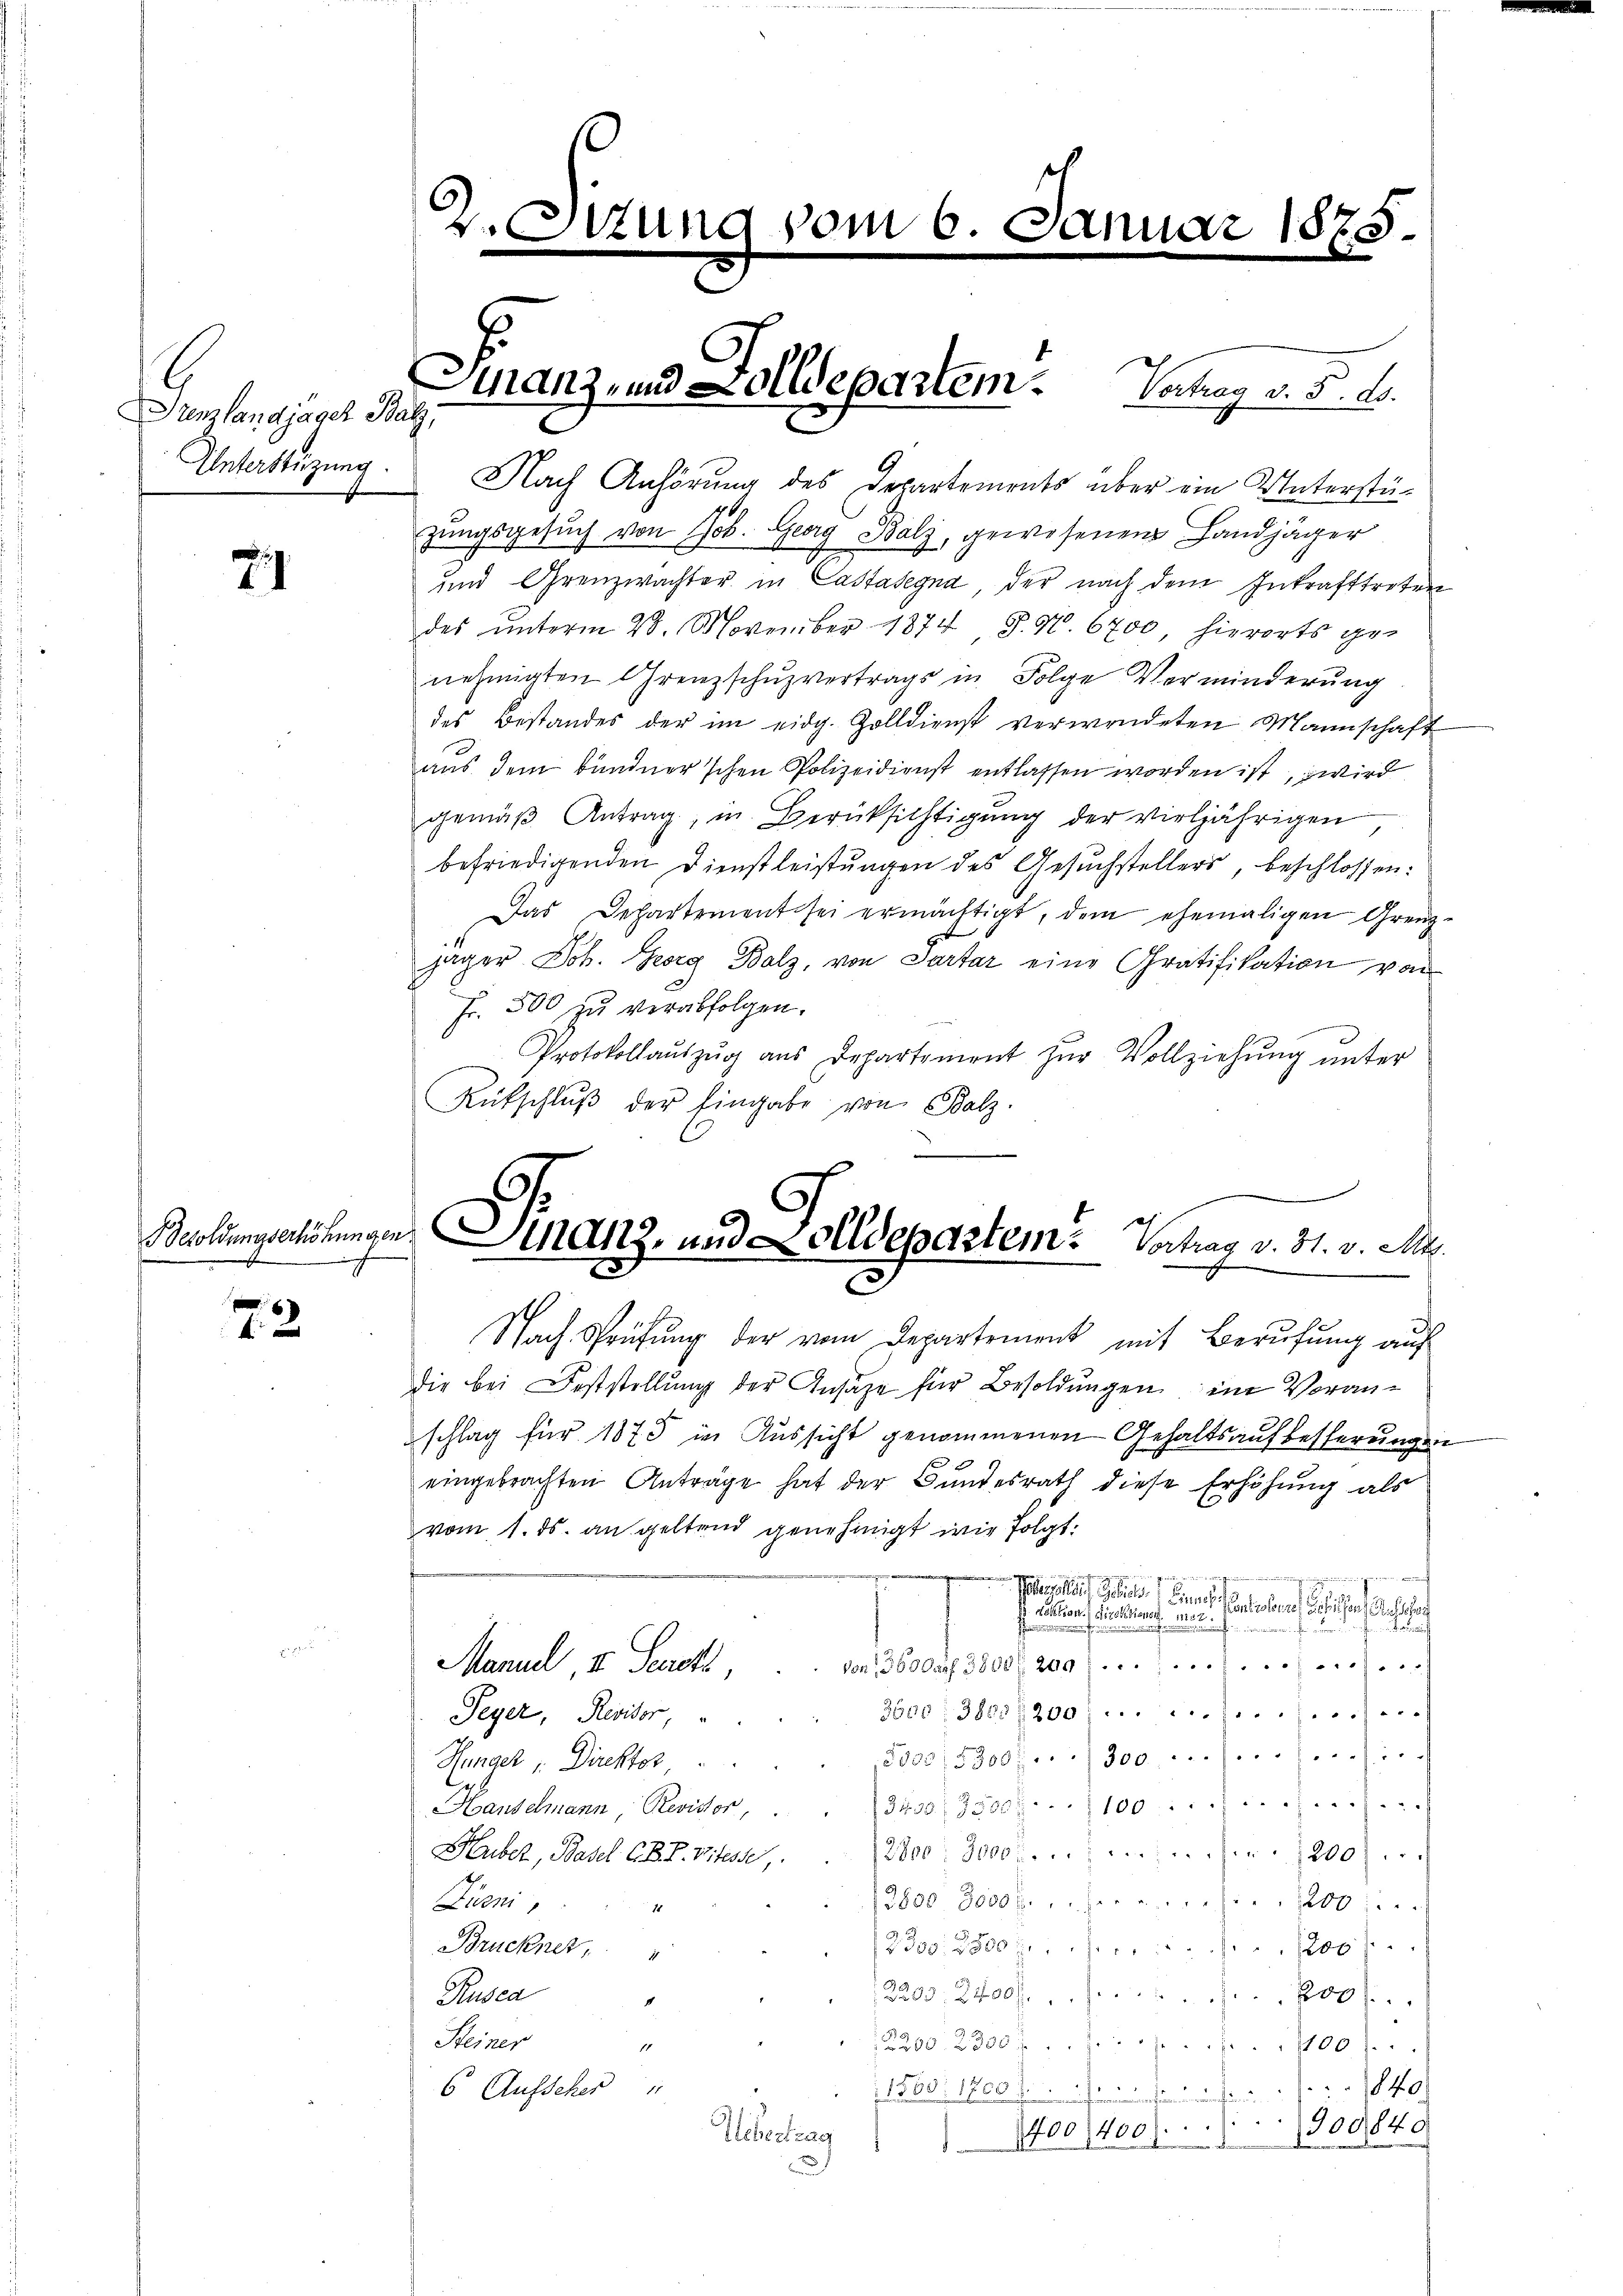
E
Stenzlandjäger Balz,
Unterstüzung.

7

2

ch
2. Situng vom 6. Januar 1875.

Manz, und Zolldepartem Vertrag v. 5. ds.

Nach Anhörung des Departements über ein Unterstüzungsgesŭch von Joh. Georg Balz, gewesenen Landjäger
und Grenzwachter in Castasegna, der nach dem Inkrafttreten
des ŭnterm 28. November 1874, S. N. 6700, hierorts ge-
nehmigten Grenzschŭzvertrags in Folge Verminderung
des Bestandes der im eidg. Zolldienst verwendeten Mannschaft
aus dem bundner'schen Polizeidienst entlassen worden ist, wird
gemäβ Antrag, in Berücksichtigŭng der vieljährigen
befriedigenden Dienstleistŭngen des Gesŭchstellers, beschlossen:
Das Departement sei ermächtigt, dem ehemaligen Grenz-
jäger Joh. Georg Balz, von Partar eine Gratifikation von
Fr. 500 zu verabfolgen.
Protokollaŭszŭg aŭs Departement zŭr Vollziehŭng ŭnter
Rutschlŭβ der Eingabe von Balz.
Nach Sprüfung der vom Departement mit Berufung auf
die bei Feststellung der Ansähe für Besoldungen im Voranschlag für 1873 in Aussicht genommenen Gehaltsaufbesserungen
eingebrachten Anträge hat der Bundesrath diese Erhöhung als
vom 1. ds. an geltend genehmigt wie folgt:
gehen und in die
 einen ein liegen . . . .
uf
von 36000 f 3800 f 200 f.
Manuel, I. Senats,
3öco: 3800/200...........
Peyer, Revisor,
290815300 f. 300............
Hunacz " Direktor
Handelmann, Revisor,       3430. 3300. 100
Huber, Basel CB F. Vitesse, 2800. 3000. 200.
3800. 3000 fr. . . .
200
Zürni,

Brückner,
1200 f
2300. 2500 f 1
2
2203. 2400 f
800.
Rusca
Steiner
2200. 2300
1
100).
6. Aufscher
1500. 1700 r. 1840
.
1400), 400. 900840
Uebertrag

Besoldungserhöhungen Stanz, und Zolldepartem Vortrag v. 31. v. Art.
e
2